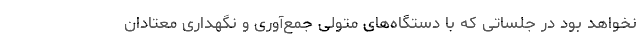
نخواهد بود در جلساتی که با دستگاه‌های متولی جمع‌آوری و نگهداری معتادان